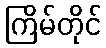
ကြိမ်တိုင်